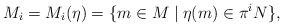
\begin{align*}M_i=M_i(\eta)=\{ m\in M \mid \eta(m)\in \pi^iN\},\end{align*}